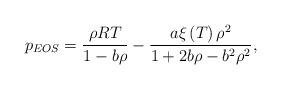
LaTeX: \begin{align*}{p_{EOS}} = \frac{{\rho RT}}{{1 - b\rho }} - \frac{{a\xi \left( T \right){\rho ^2}}}{{1 + 2b\rho - {b^2}{\rho ^2}}},\end{align*}